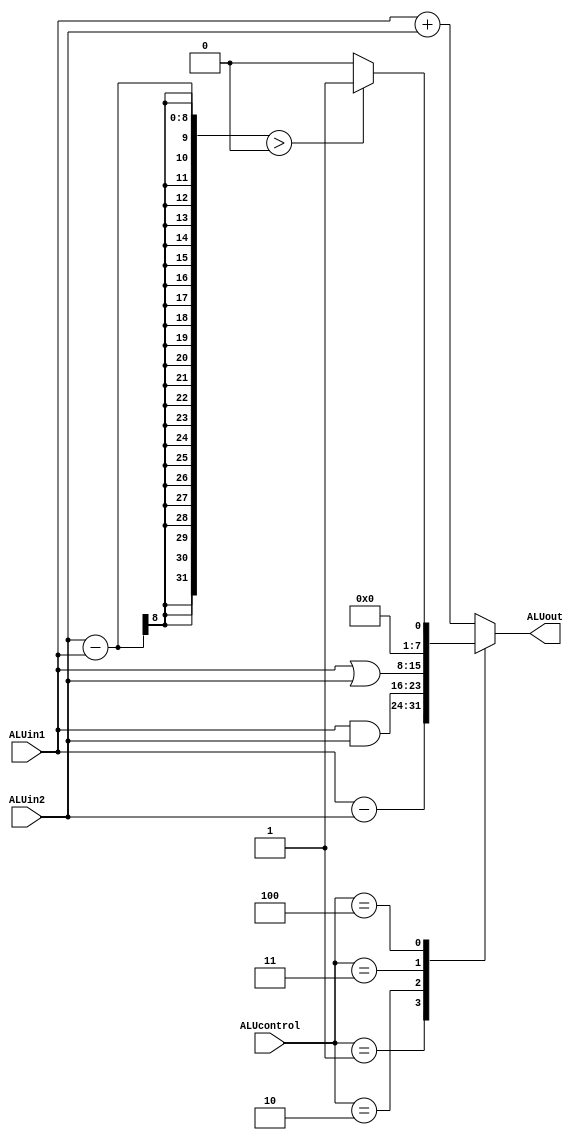
`timescale 1ns / 1ps
module ALU(ALUin1,ALUin2,ALUcontrol,ALUout);
input [7:0]ALUin1,ALUin2;
input [2:0]ALUcontrol;
output reg[7:0]ALUout;

always@(*)
begin
	case(ALUcontrol)
	3'd1:ALUout=ALUin1-ALUin2;
	3'd2:ALUout=ALUin1&ALUin2;
	3'd3:ALUout=ALUin1|ALUin2;
	3'd4:begin 
			if((ALUin2-ALUin1)>0) ALUout=8'b1;
			else ALUout=8'b0;
		  end
	default:ALUout=ALUin1+ALUin2;
	endcase
end

endmodule